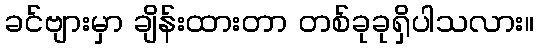
ခင်ဗျားမှာ ချိန်းထားတာ တစ်ခုခုရှိပါသလား။